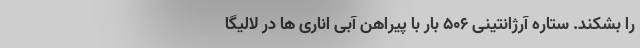
را بشکند. ستاره آرژانتینی ۵۰۶ بار با پیراهن آبی اناری ها در لالیگا